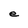
Character: e